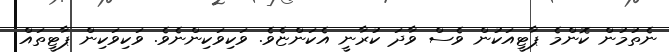
ނެތުމުން ކޮންމެ ޕާޓީއަކުން ވެސް ވާދަ ކުރާނީ އެކަންޏެވެ. ވަކިވަކިންނެވެ. ވަކިވަކިން ޕާޓީތައް